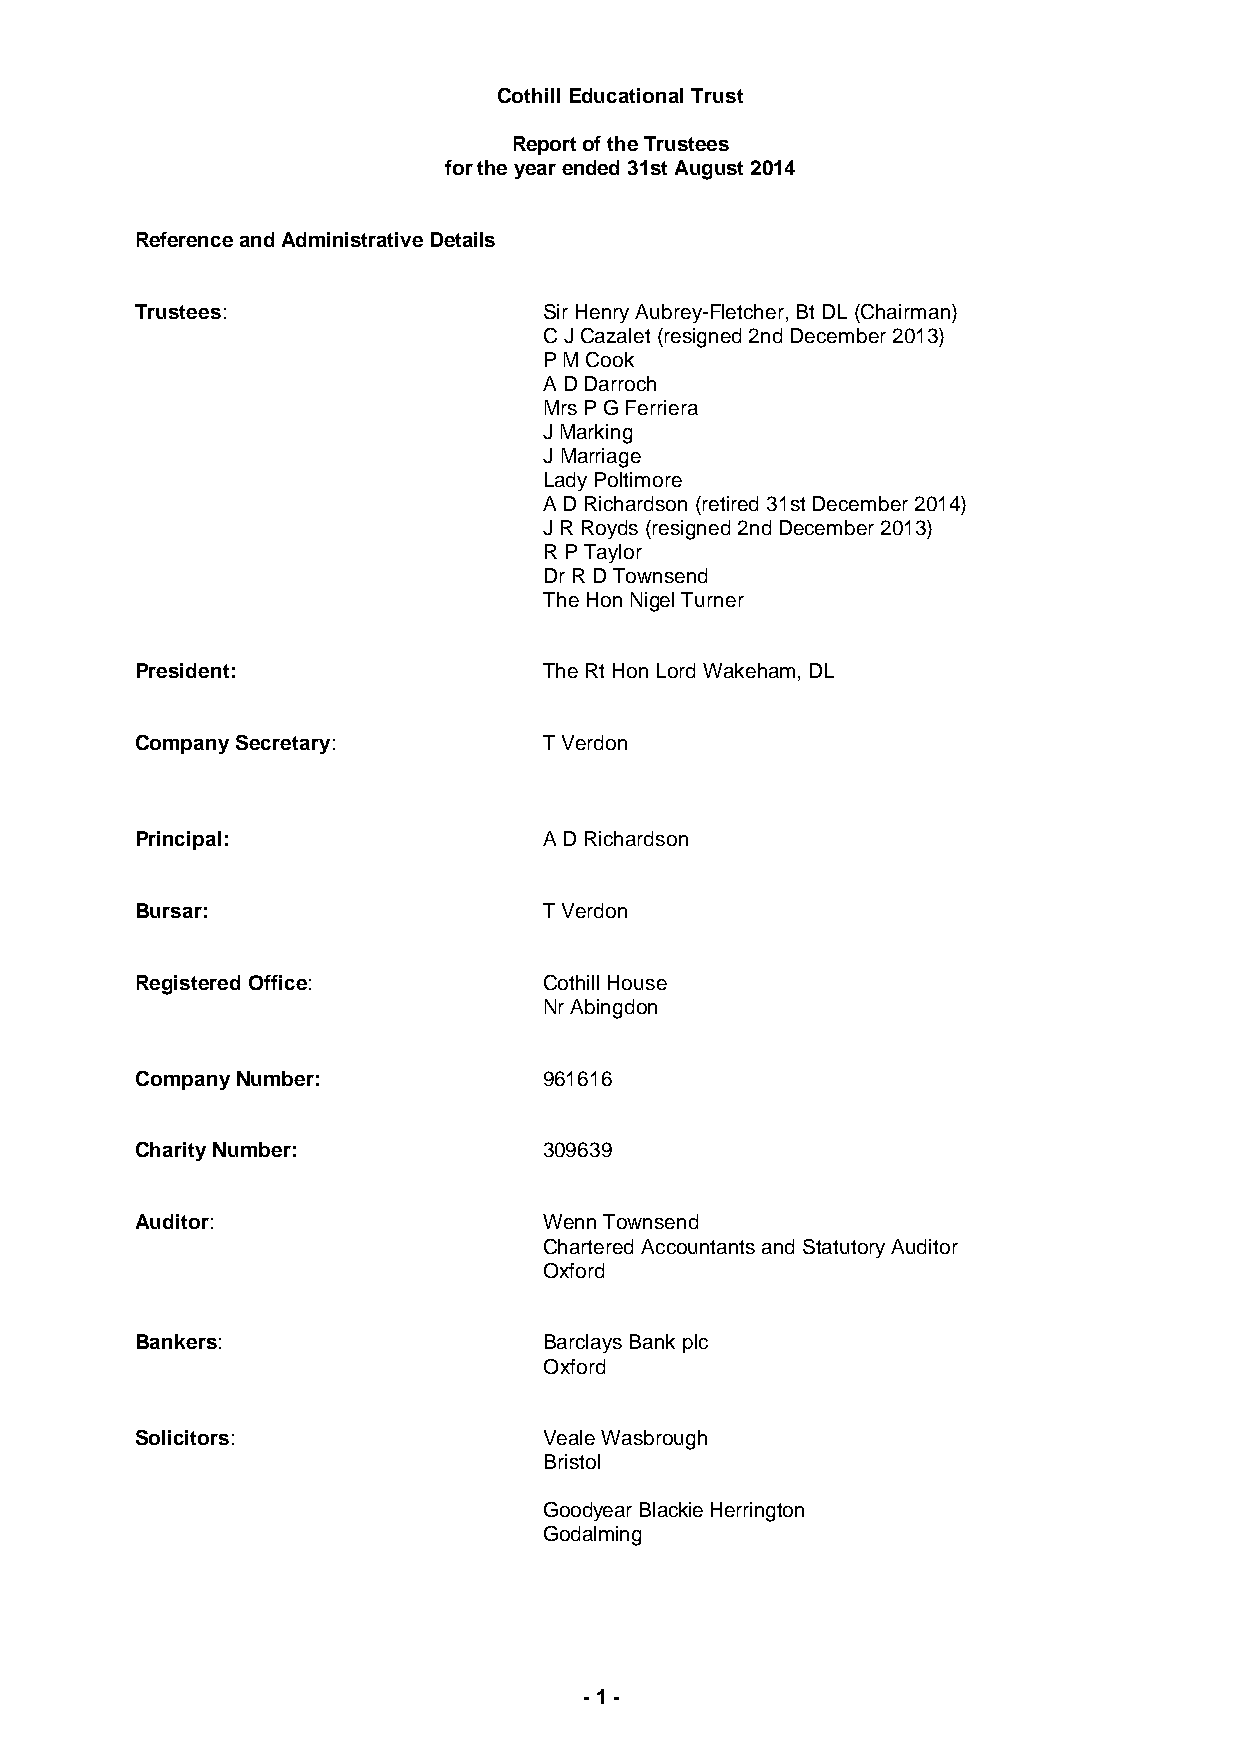
Cothill Educational Trust
 Report of the Trustees
 for the year ended 31st August 2014
 Reference and Administrative Details
 Trustees:                  Sir Henry Aubrey-Fletcher, Bt DL (Chairman)
 C J Cazalet (resigned 2nd December 2013)
 P M Cook
 A D Darroch
 Mrs P G Ferriera
 J Marking
 J Marriage
 Lady Poltimore
 A D Richardson (retired 31st December 2014)
 J R Royds (resigned 2nd December 2013)
 R P Taylor
 Dr R D Townsend
 The Hon Nigel Turner
 President:                 The Rt Hon Lord Wakeham, DL
 Company Secretary:         T Verdon
 Principal:                 A D Richardson
 Bursar:                    T Verdon
 Registered Office:         Cothill House
 Nr Abingdon
 Company Number:            961616
 Charity Number:            309639
 Auditor:                   Wenn Townsend
 Chartered Accountants and Statutory Auditor
 Oxford
 Bankers:                   Barclays Bank plc
 Oxford
 Solicitors:                Veale Wasbrough
 Bristol
 Goodyear Blackie Herrington
 Godalming
 - 1 -